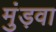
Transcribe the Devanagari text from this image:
मुंड़वा